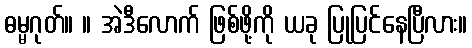
ဓမ္မဂုတ်။ ။ အဲဒီလောက် ဖြစ်ဖို့ကို ယခု ပြုပြင်နေပြီလား။